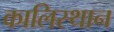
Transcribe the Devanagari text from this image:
कालिस्थान